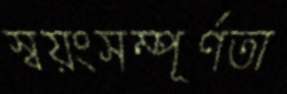
স্বয়ংসম্পূর্ণতা